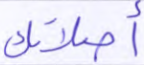
أصلاتك